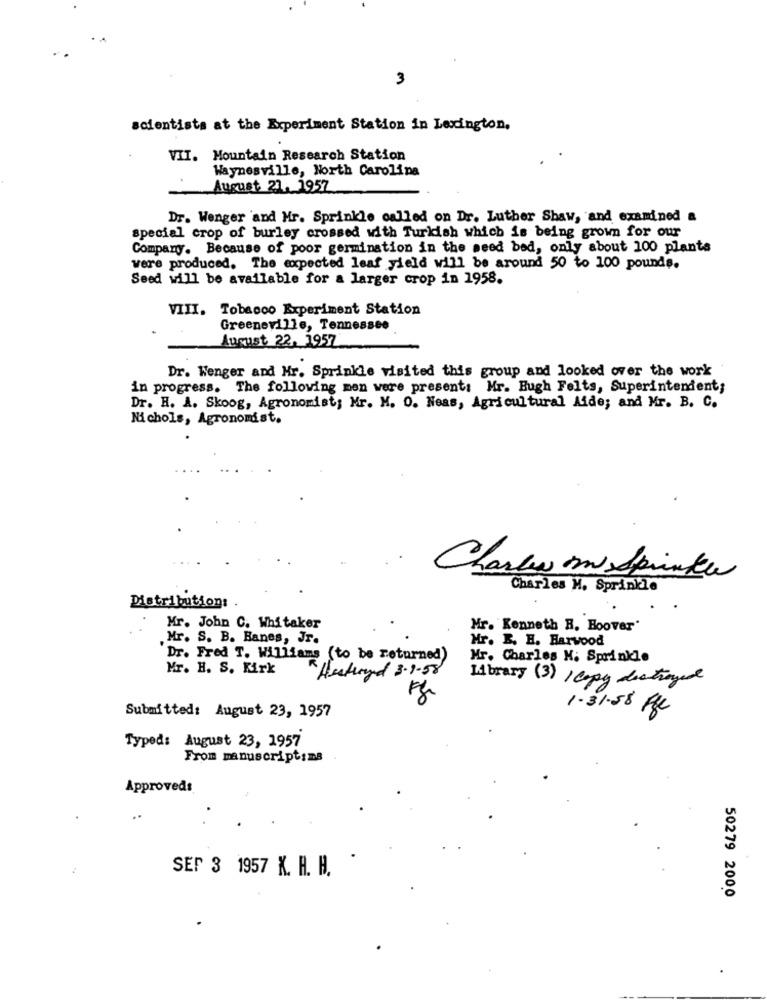
3
scientists at the Experiment Station in Lexington,
VII. Mountain Research Station
Waynesville, North Carolina
August 21, 1957
Dr. Wenger and Mr. Sprinkle called on Dr. Luther Shaw, and examined a
special crop of burley crossed with Turkish which is being grown for our
Company. Because of poor germination in the seed bed, only about 100 plants
were produced. The expected leaf yield will be around 50 to 100 pounds.
Seed will be available for a larger crop in 1958.
VIII. Tobacco Experiment Station
Greeneville, Tennessee
August 22, 1957
Dr. Wenger and Mr. Sprinkle visited this group and looked over the work
in progress. The following men were present: Mr. Bugh Felts, Superintendent;
Dr. H. A. Skoog, Agronomist; Mr. M. O. Neas, Agricultural Aide; and Mr. B. C.
Nichols, Agronomist.
Charles om Spike
Charles M. Sprinkle
Distribution:
Mr. John C. Whitaker
Mr. Kenneth R. Hoover"
. Mr. S. B. Hanes, Jr.
Hr. B. H. Harwood
Dr. Fred T. Williams (to be returned)
Mr. Charles H. Sprinkle
Mr. H. S. Kirk
Hestund 3.9.58
Library (3) / Copy destroyed
1.31.58 Rx
Submitted: August 23, 1957
Typed: August 23, 1957
From manuscript: ms
Approved:
SEF 3 1957 K. H. H.
50279 2000
.